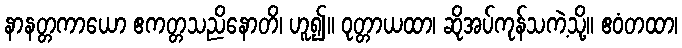
နာနတ္တကာယော ဧကတ္တသညိနောတိ၊ ဟူ၍။ ဝုတ္တာယထာ၊ ဆိုအပ်ကုန်သကဲ့သို့။ ဧဝံတထာ၊